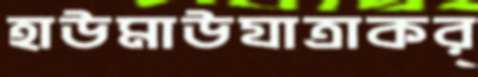
হাউমাউযাত্রাকর্